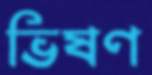
ভিষণ